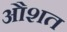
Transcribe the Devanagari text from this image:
औशत